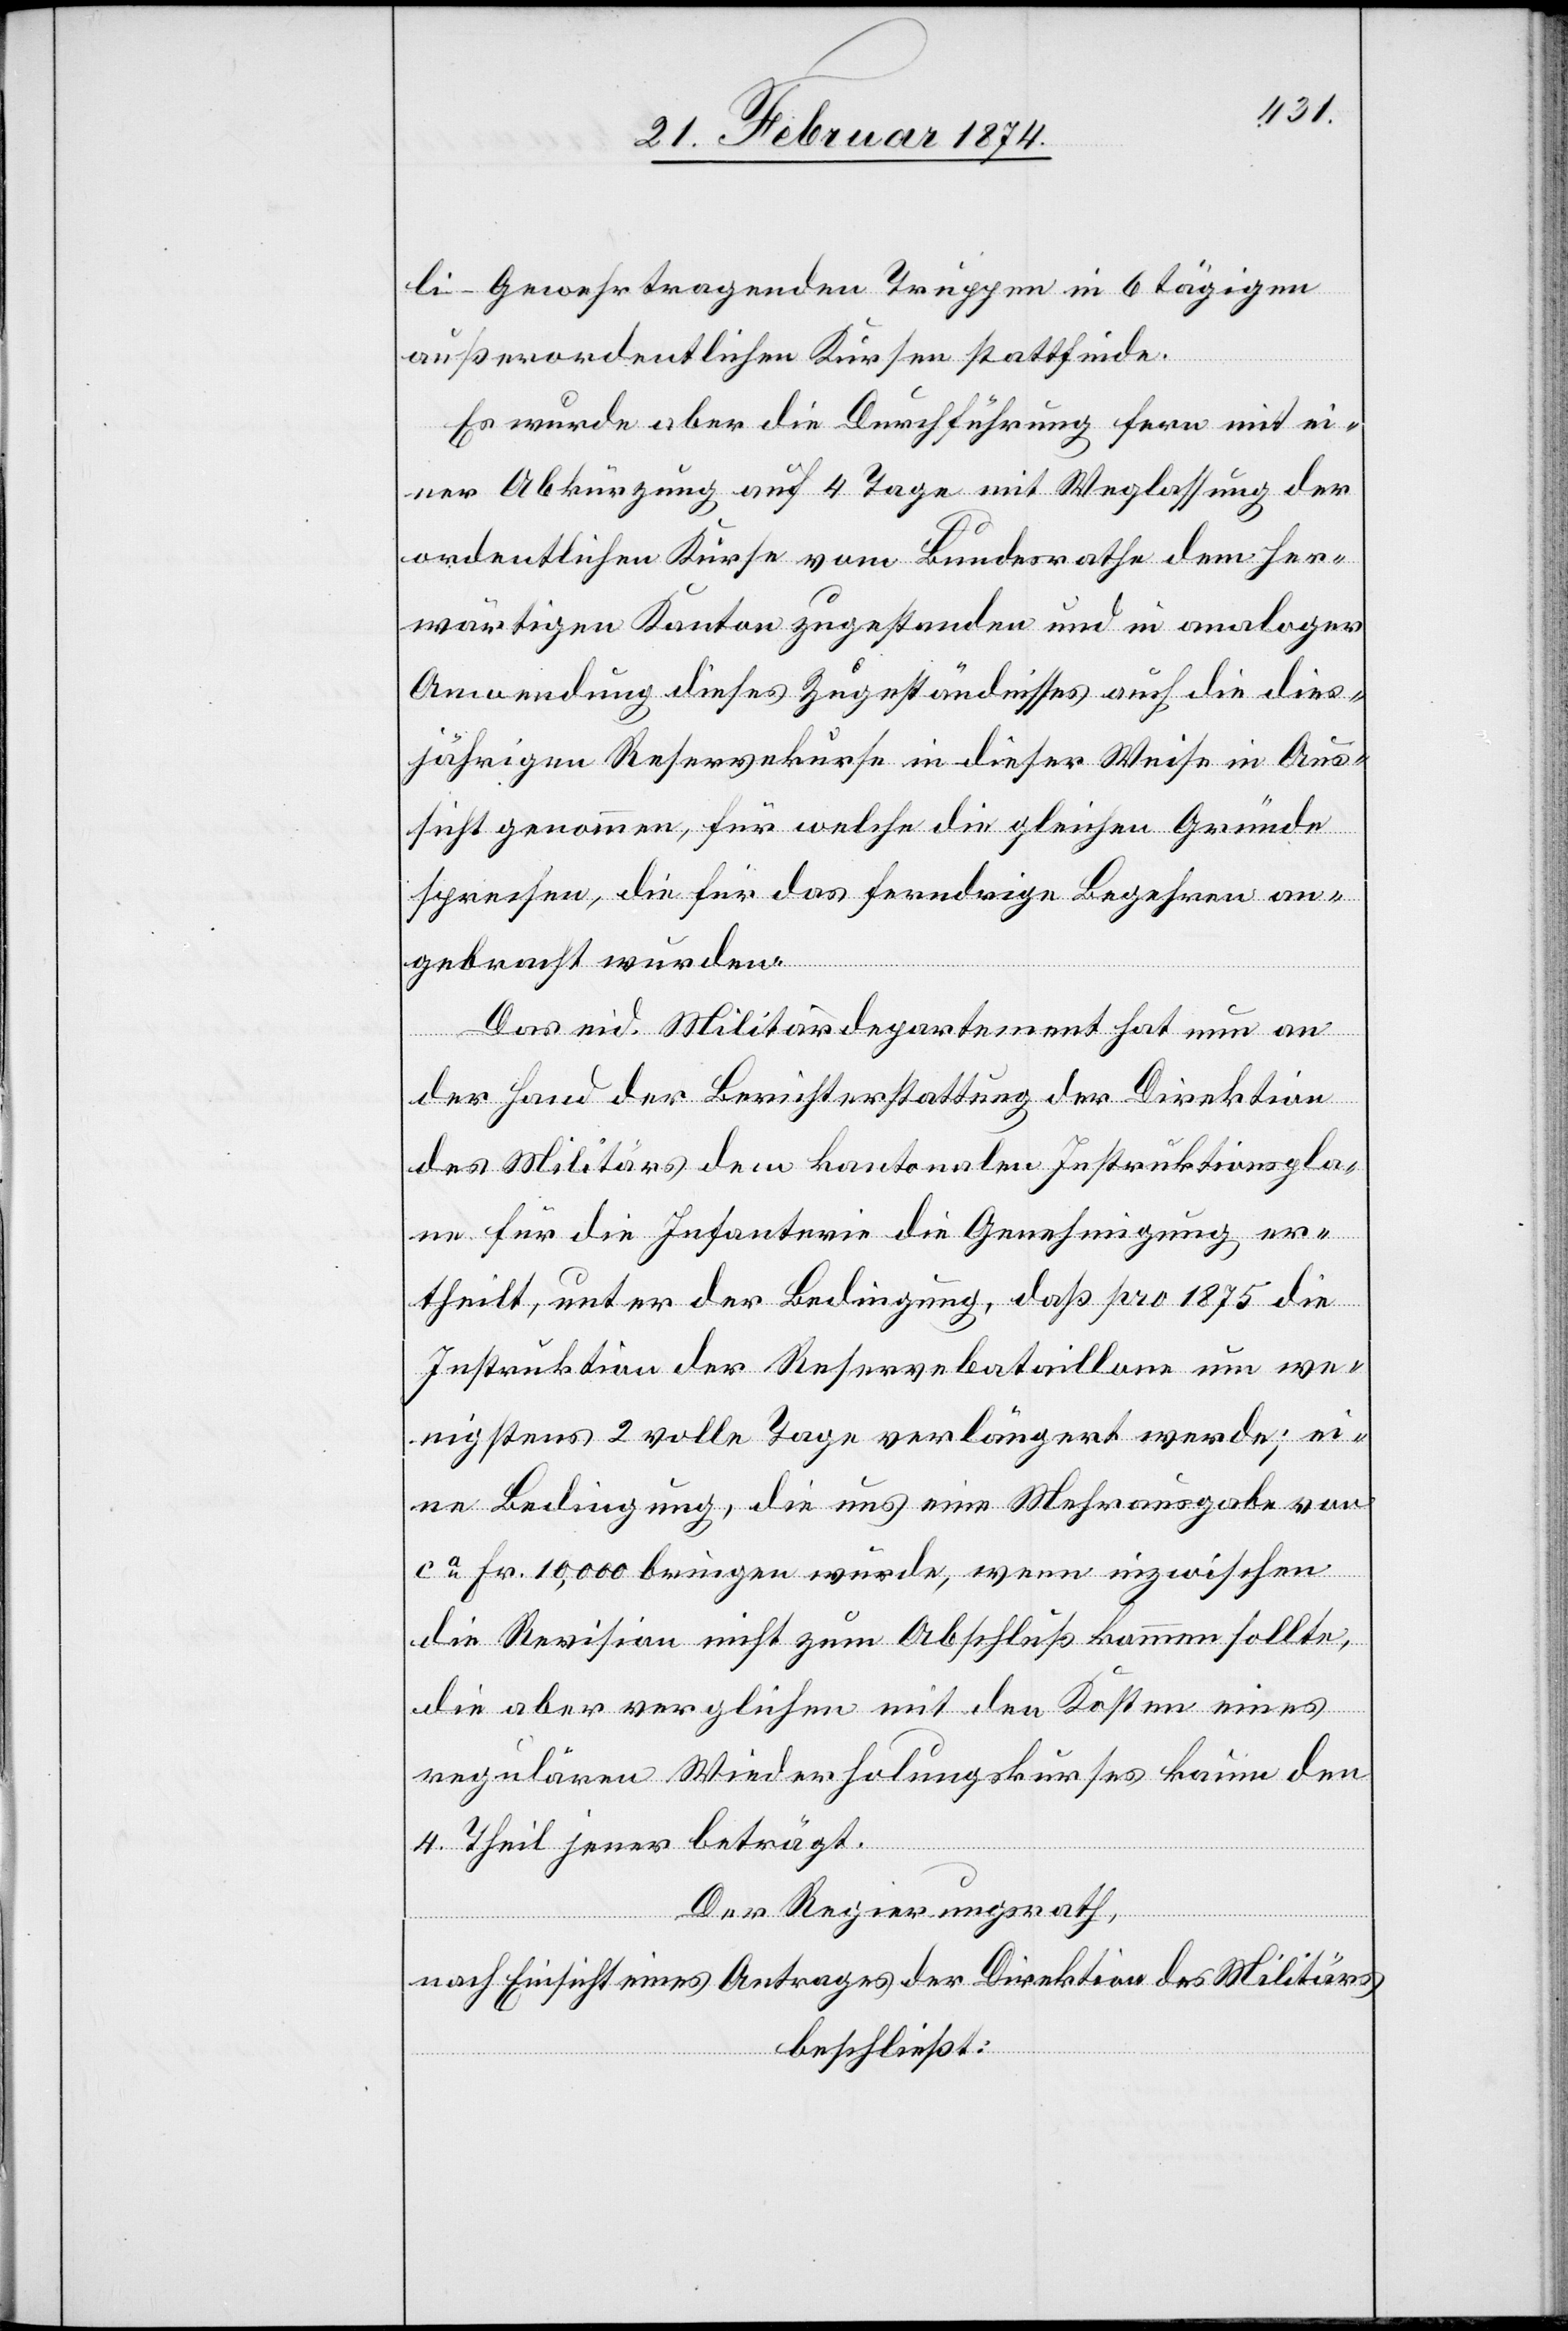
li-Gewehrtragenden Truppen in 6 tägigen
außerordentlichen Kursen stattfinde.
Es wurde aber die Durchführung fern mit ei¬
ner Abkürzung auf 4 Tage mit Weglassung der
ordentlichen Kurse vom Bundesrathe dem her¬
wärtigen Kanton zugestanden und in analoger
Anwendung dieses Zugeständnisses auch die dies¬
jährigen Reservekurse in dieser Weise in Aus¬
sicht genommen, für welche die gleichen Gründe
sprechen, die für das ferndrige Begehren an¬
gebracht wurden.
Das eid. Militärdepartement hat nun an
der Hand der Berichterstattung der Direktion
des Militärs dem kantonalen Instruktionspla¬
ne für die Infanterie die Genehmigung er¬
theilt, unter der Bedingung, daß pro 1875 die
Instruktion der Reservebataillone um we¬
nigstens 2 volle Tage verlängert werde; ei¬
ne Bedingung, die uns eine Mehrausgabe von
ca Fr. 10,000 bringen würde, wenn inzwischen
die Revision nicht zum Abschluß kommen sollte,
die aber verglichen mit den Kosten eines
regulären Wiederholungskurses kaum dem
4 Theil jener beträgt.
Der Regierungsrath,
nach Einsicht eines Antrages der Direktion des Militärs
beschließt: